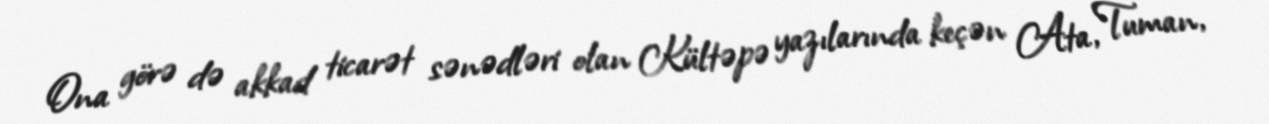
Ona görə də akkad ticarət sənədləri olan Kültəpə yazılarında keçən Ata, Tuman,